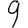
Digit: 9